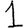
Digit: 1